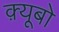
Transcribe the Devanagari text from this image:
क़्यूबो